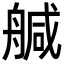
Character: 𦩢